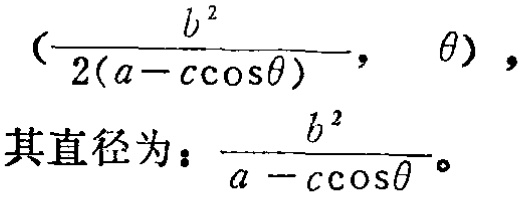
$\left(\frac{b^{2}}{2(a - c\cos\theta)}, \ \theta\right),$
其直径为：$\frac{b^{2}}{a - c\cos\theta}。$